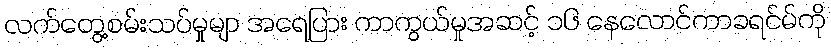
လက်တွေ့စမ်းသပ်မှုမျာ အရေပြား ကာကွယ်မှုအဆင့် ၁၆ နေလောင်ကာခရင်မ်ကို